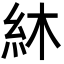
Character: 䊾